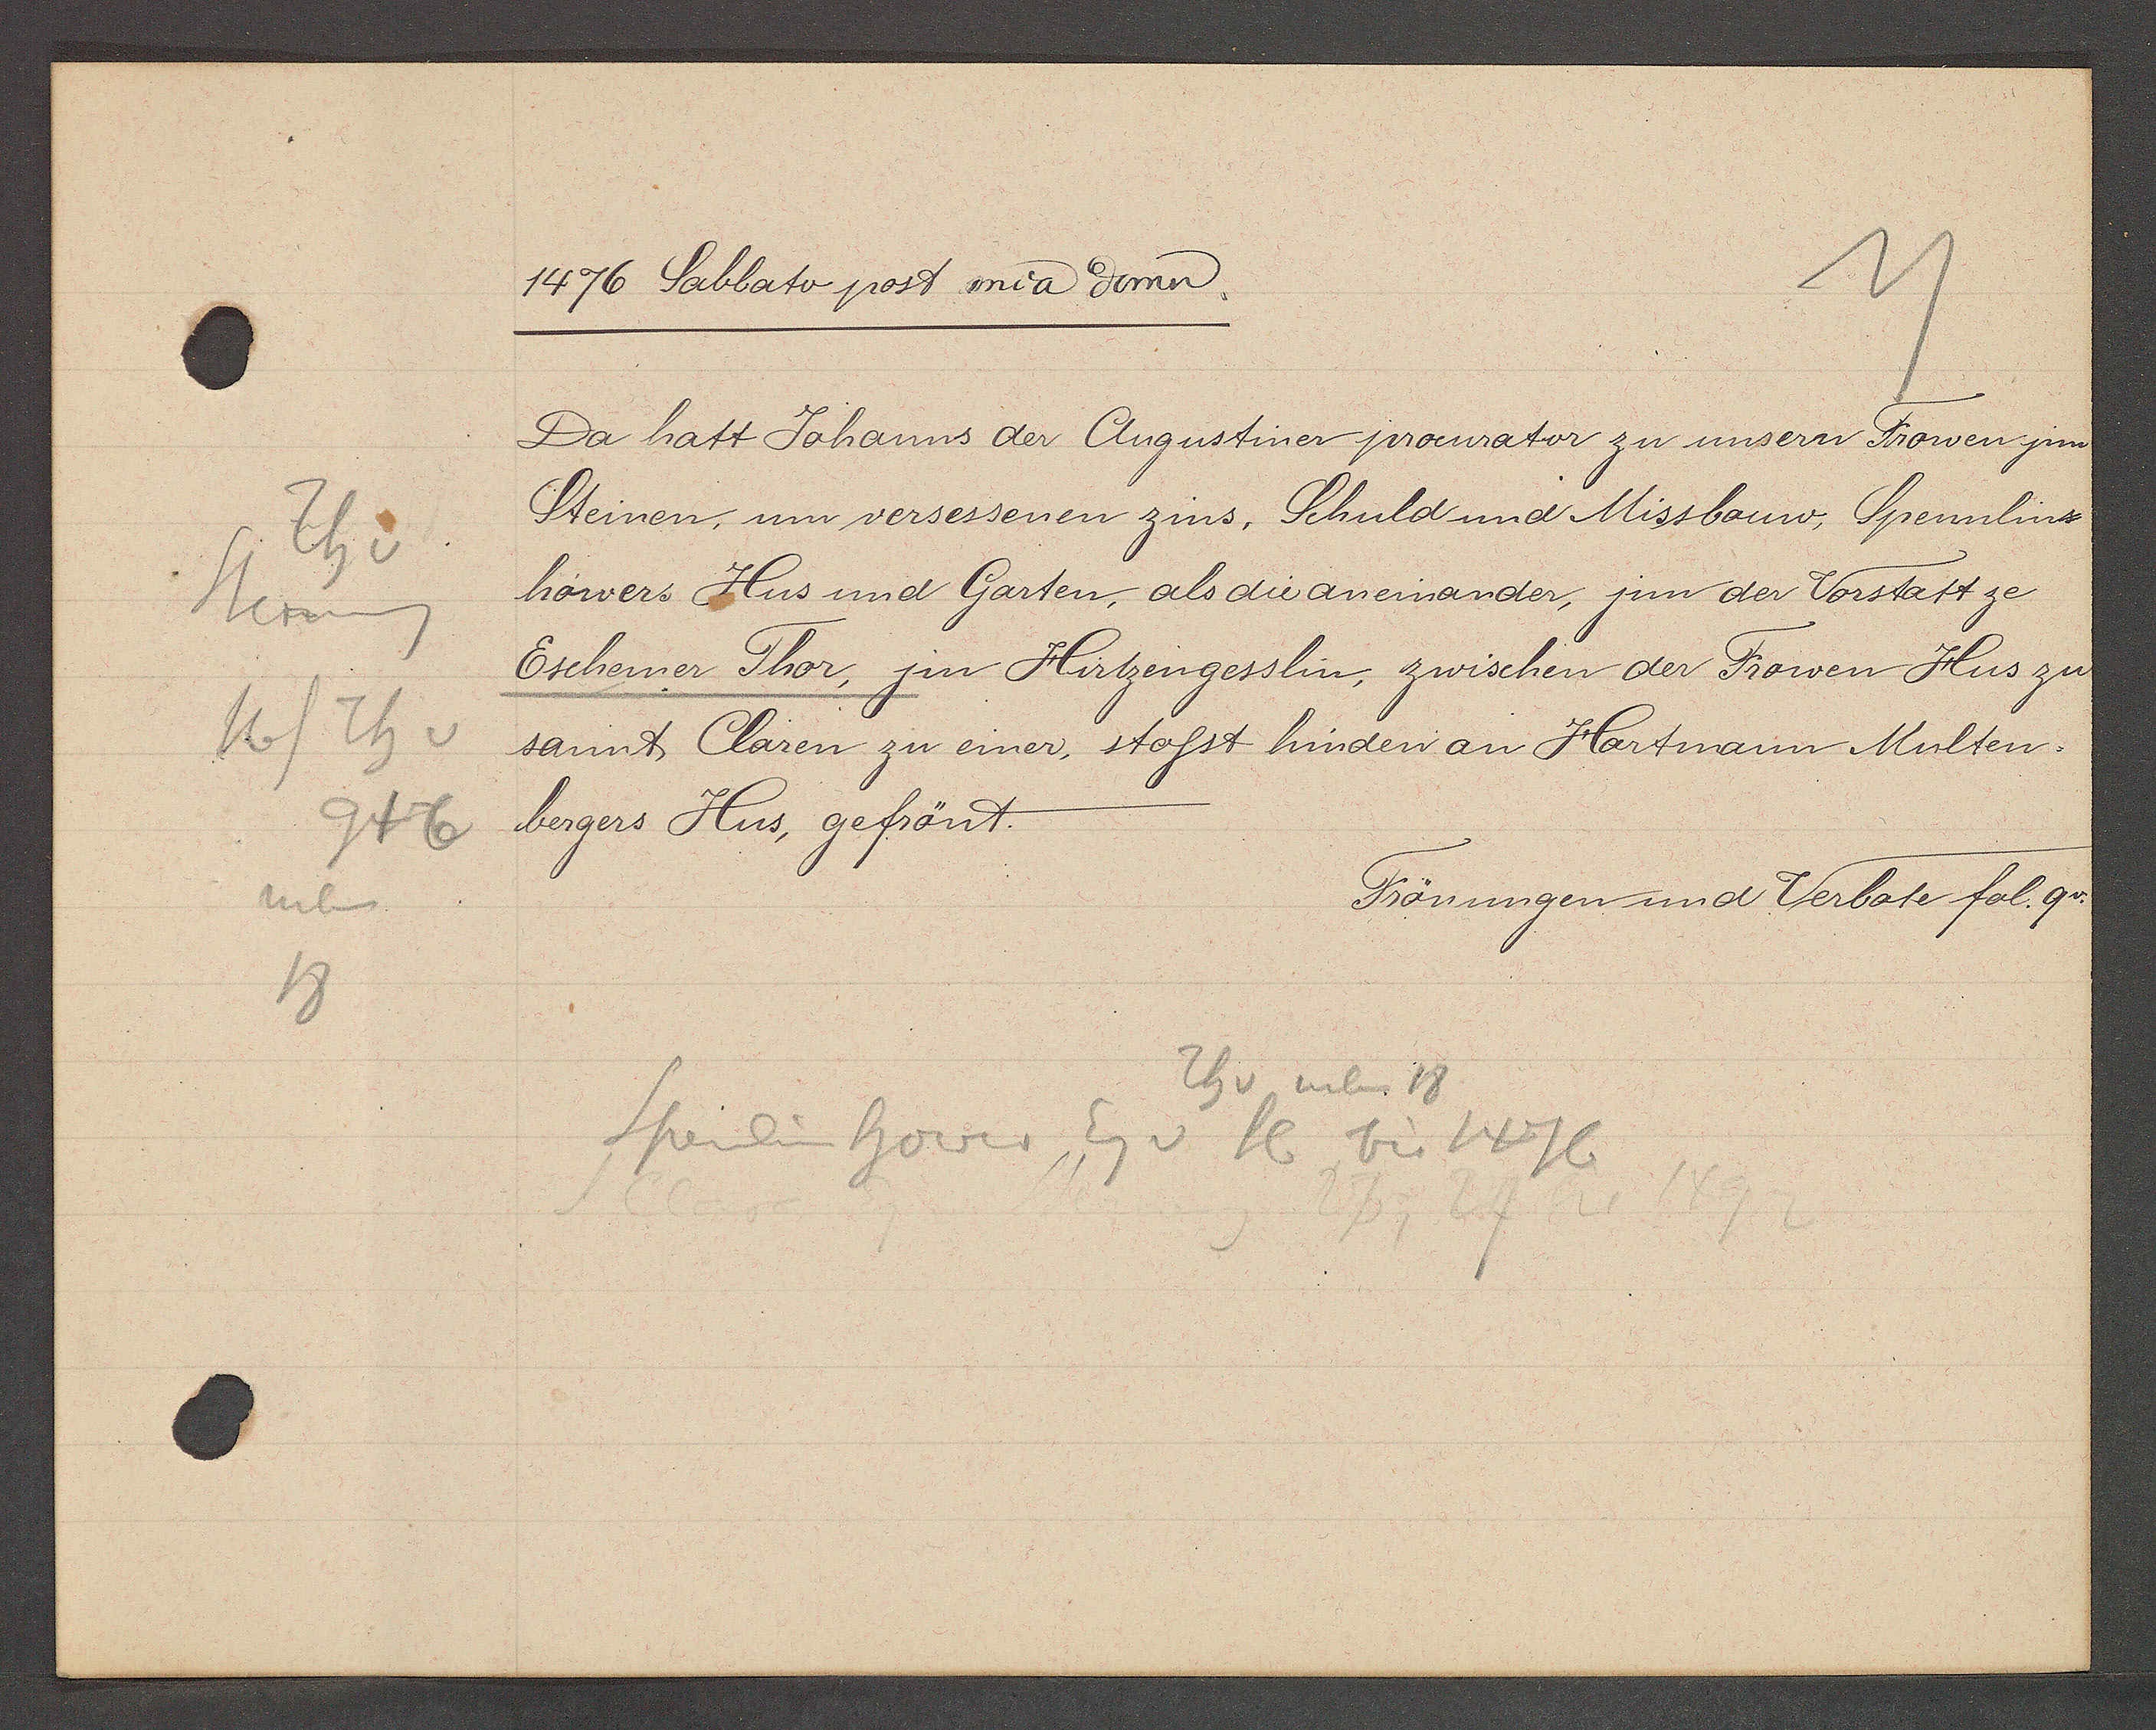
Transcript:
Steineng
16/Th v
Th v
neben
946

1476 Sabbato post mia domn

Da hatt Johanns der Augustiner procurator zu unsern Frowen jnn
Steinen, um versessenen zins, Schuld und Missbauw, Spennlins,
höwers Hus und Garten, als die aneinander, jnn der Vorstatt ze
Eschener Thor, jm Hirtzengesslin, zwischen der Frowen Hus zu
sannt Claren zu einer, stosst hinden an Hartmann Multen¬
bergers Hus, gefrönt.

Spenlin hower Eg v 16 bis 1476
Thv neben 18

Frönungen und Verbote fol. 9v.